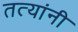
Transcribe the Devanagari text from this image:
तत्यांनी